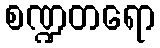
စဏ္ဍတရော